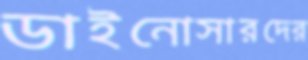
ডাইনোসারদের